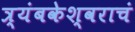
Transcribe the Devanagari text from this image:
त्र्यंबकेश्वराचं